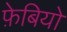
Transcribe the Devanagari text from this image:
फ़ेबियो